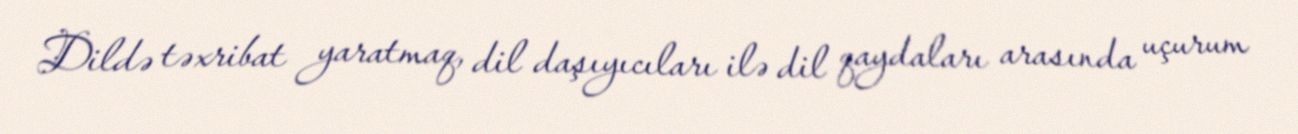
Dildə təxribat yaratmaq, dil daşıyıcıları ilə dil qaydaları arasında uçurum